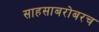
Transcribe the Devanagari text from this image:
साहसाबरोबरच